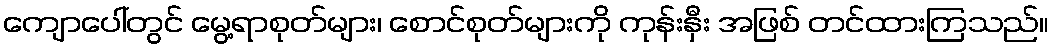
ကျောပေါ်တွင် မွေ့ရာစုတ်များ၊ စောင်စုတ်များကို ကုန်းနှီး အဖြစ် တင်ထားကြသည်။